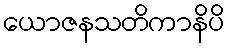
ယောဇနသတိကာနိပိ